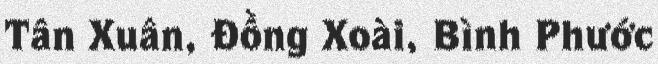
Tân Xuân, Đồng Xoài, Bình Phước